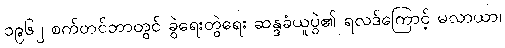
၁၉၆၂ စက်တင်ဘာတွင် ခွဲရေးတွဲရေး ဆန္ဒခံယူပွဲ၏ ရလဒ်ကြောင့် မလာယာ၊